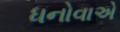
ધનોવાએ